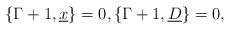
\begin{align*} \{\Gamma+1, \underline{x}\}=0,\{\Gamma+1,\underline{D}\}=0,\end{align*}